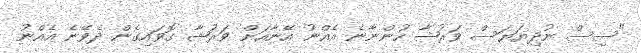
"ސިސް ނުދިޔަޔަސް ވަރުޝާ ހުންނާނެ އެއްނު އޭނާއަށް ވަރުޝާ ގޮވައިގެން ދެވޭނެ އެއްނު